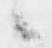
々